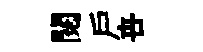
閱戸卋